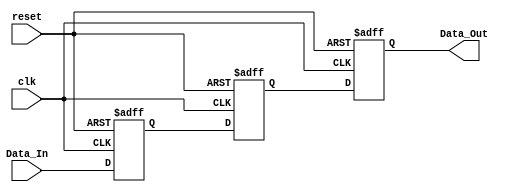
`timescale 1ns / 1ps


module 
 delay_3_1 #(parameter
	SIG_DATA_WIDTH = 1,
	delay_cycles = 3
	)(
	input clk,
	input reset,
	input [SIG_DATA_WIDTH-1:0] Data_In,
	output [SIG_DATA_WIDTH-1:0] Data_Out
	);
	

	reg	[SIG_DATA_WIDTH-1:0] FIFO  [delay_cycles-1:0] ;
	always @ (posedge clk or posedge reset)
    begin
        if(reset)
		begin
			FIFO[0] <= {SIG_DATA_WIDTH{1'b0}};
			FIFO[1] <= {SIG_DATA_WIDTH{1'b0}};
			FIFO[2] <= {SIG_DATA_WIDTH{1'b0}};
		end
		else
		begin
			FIFO[0] <= Data_In;
			FIFO[1] <= FIFO[0];
			FIFO[2] <= FIFO[1];
		end
	end

	assign    Data_Out = FIFO[2];
endmodule